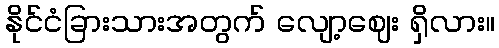
နိုင်ငံခြားသားအတွက် လျော့ဈေး ရှိလား။